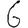
Digit: 6